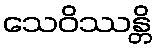
သေဝိဿန္တိ